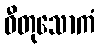
ဓီတုသောကံ